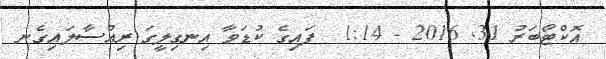
އޮކްޓޯބަރު 31